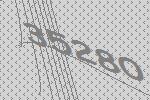
35280